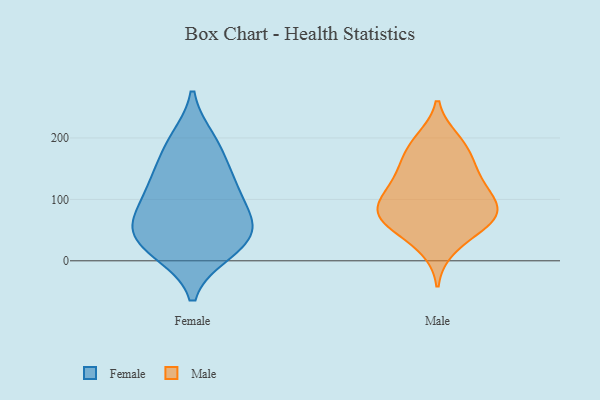
{"axis": {"x": "Website Visitors", "y": "Value"}, "legend": ["Female", "Male"], "data": [{"x": "", "y": 54, "type": "Female"}, {"x": "", "y": 131, "type": "Female"}, {"x": "", "y": 197, "type": "Female"}, {"x": "", "y": 114, "type": "Female"}, {"x": "", "y": 63, "type": "Female"}, {"x": "", "y": 189, "type": "Female"}, {"x": "", "y": 21, "type": "Female"}, {"x": "", "y": 14, "type": "Female"}, {"x": "", "y": 22, "type": "Female"}, {"x": "", "y": 146, "type": "Female"}, {"x": "", "y": 102, "type": "Female"}, {"x": "", "y": 58, "type": "Female"}, {"x": "", "y": 59, "type": "Female"}, {"x": "", "y": 196, "type": "Male"}, {"x": "", "y": 81, "type": "Male"}, {"x": "", "y": 57, "type": "Male"}, {"x": "", "y": 146, "type": "Male"}, {"x": "", "y": 65, "type": "Male"}, {"x": "", "y": 87, "type": "Male"}, {"x": "", "y": 22, "type": "Male"}, {"x": "", "y": 78, "type": "Male"}, {"x": "", "y": 141, "type": "Male"}, {"x": "", "y": 58, "type": "Male"}, {"x": "", "y": 171, "type": "Male"}, {"x": "", "y": 119, "type": "Male"}, {"x": "", "y": 91, "type": "Male"}, {"x": "", "y": 189, "type": "Male"}, {"x": "", "y": 112, "type": "Male"}]}